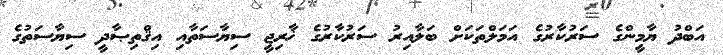
އަބްދު ޔާމީންގެ ސަރުކާރުގެ އަމަލްތަކަށް ބަލާއިރު ސަރުކާރުގެ ޚާރިޖީ ސިޔާސަތާއި އިޤްތިޞާދީ ސިޔާސަތުގެ